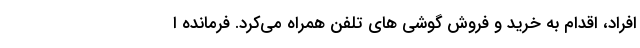
افراد، اقدام به خرید و فروش گوشی های تلفن همراه می‌کرد. فرمانده ا